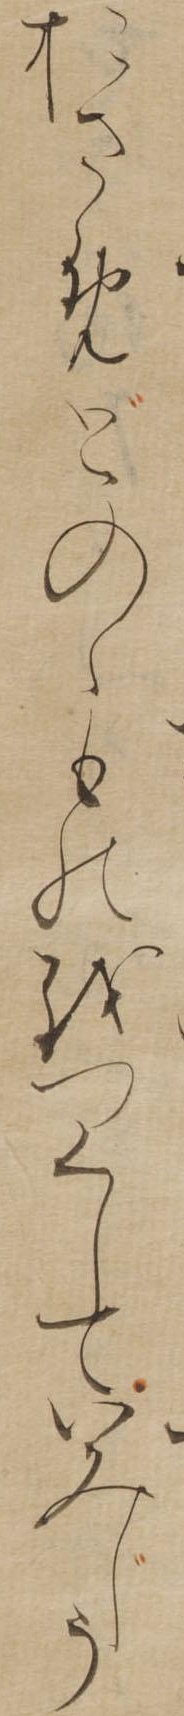
おさめどのゝものをつくしていみじう